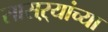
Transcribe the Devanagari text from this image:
सासऱ्यांच्या